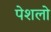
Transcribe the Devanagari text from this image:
पेशलो